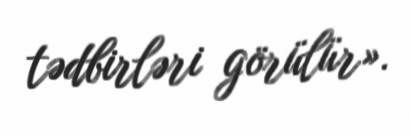
tədbirləri görülür».